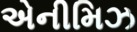
એનીમિઝ